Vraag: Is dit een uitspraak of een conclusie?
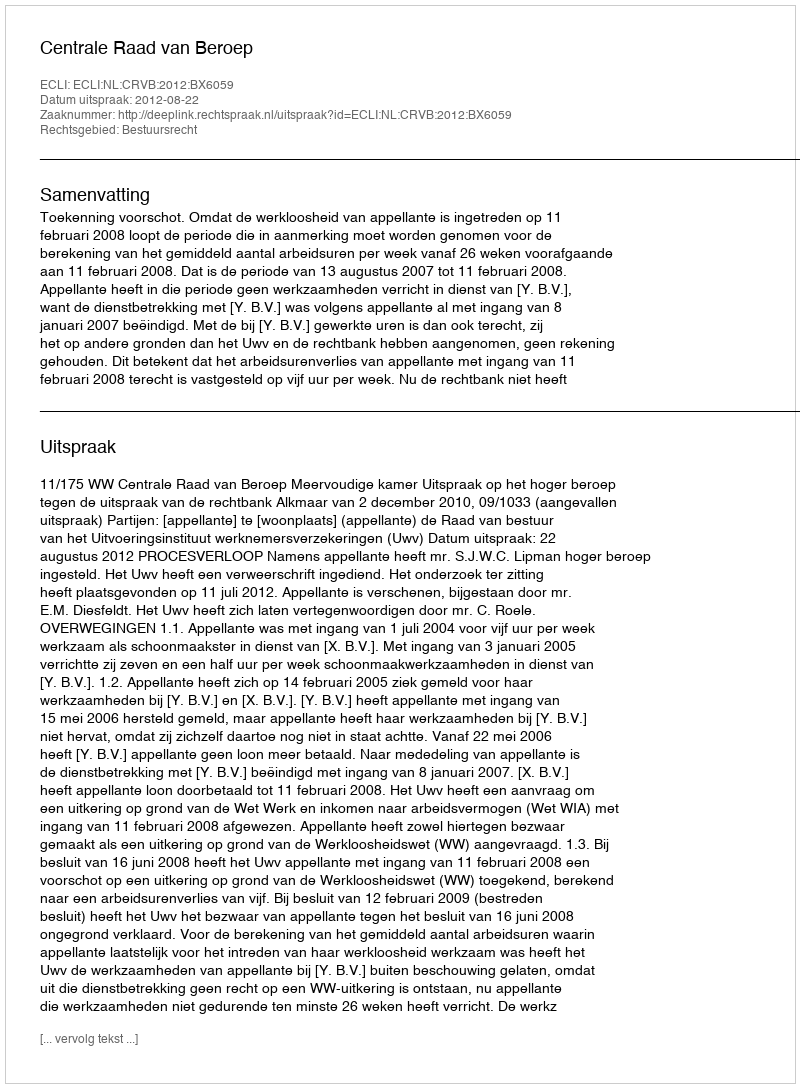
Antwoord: Uitspraak